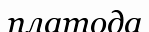
платода